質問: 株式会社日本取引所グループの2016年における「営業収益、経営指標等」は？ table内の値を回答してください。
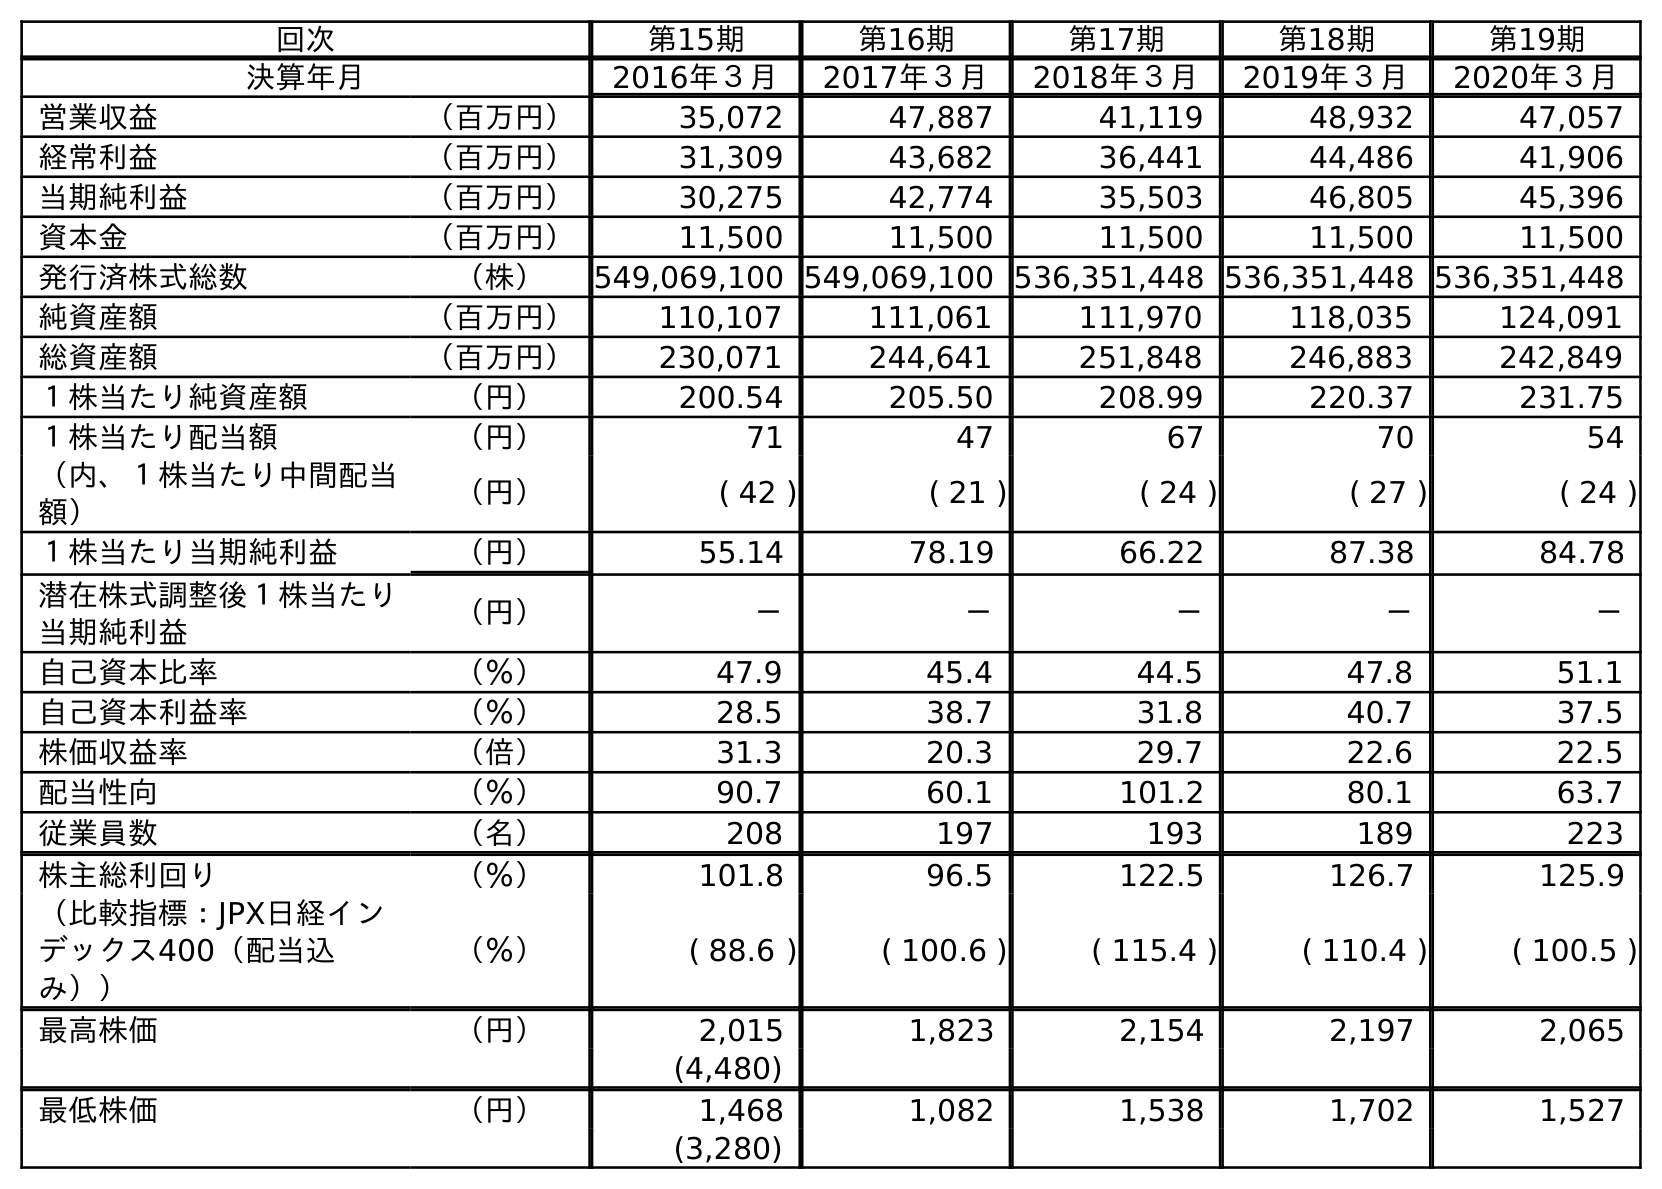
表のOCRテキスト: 回次 第15期 第16期 第17期 第18期 第19期 決算年月 2016年３月 2017年３月 2018年３月 2019年３月 2020年３月 営業収益 （百万円） 35,072 47,887 41,119 48,932 47,057 経常利益 （百万円） 31,309 43,682 36,441 44,486 41,906 当期純利益 （百万円） 30,275 42,774 35,503 46,805 45,396 資本金 （百万円） 11,500 11,500 11,500 11,500 11,500 発行済株式総数 （株） 549,069,100 549,069,100 536,351,448 536,351,448 536,351,448 純資産額 （百万円） 110,107 111,061 111,970 118,035 124,091 総資産額 （百万円） 230,071 244,641 251,848 246,883 242,849 １株当たり純資産額 （円） 200.54 205.50 208.99 220.37 231.75 １株当たり配当額 （円） 71 47 67 70 54 （内、１株当たり中間配当 額） （円） ( 42 ) ( 21 ) ( 24 ) ( 27 ) ( 24 ) １株当たり当期純利益 （円） 55.14 78.19 66.22 87.38 84.78 潜在株式調整後１株当たり 当期純利益 （円） － － － － － 自己資本比率 （％） 47.9 45.4 44.5 47.8 51.1 自己資本利益率 （％） 28.5 38.7 31.8 40.7 37.5 株価収益率 （倍） 31.3 20.3 29.7 22.6 22.5 配当性向 （％） 90.7 60.1 101.2 80.1 63.7 従業員数 （名） 208 197 193 189 223 株主総利回り （％） 101.8 96.5 122.5 126.7 125.9 （比較指標：JPX日経イン デックス400（配当込 み）） （％） ( 88.6 ) ( 100.6 ) ( 115.4 ) ( 110.4 ) ( 100.5 ) 最高株価 （円） 2,015 1,823 2,154 2,197 2,065 (4,480) 最低株価 （円） 1,468 1,082 1,538 1,702 1,527 (3,280)
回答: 35,072